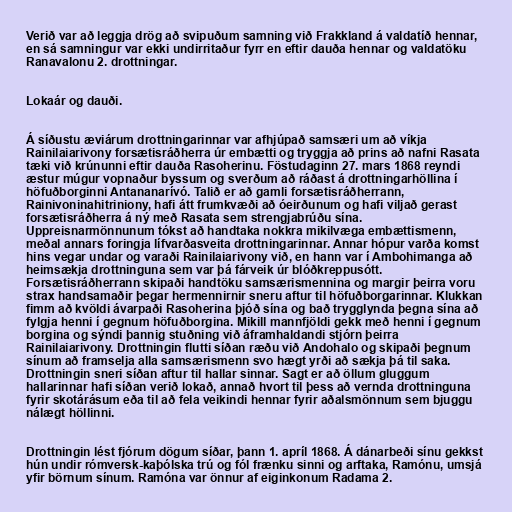
Verið var að leggja drög að svipuðum samning við Frakkland á valdatíð hennar,
en sá samningur var ekki undirritaður fyrr en eftir dauða hennar og valdatöku
Ranavalonu 2. drottningar.

Lokaár og dauði.

Á síðustu æviárum drottningarinnar var afhjúpað samsæri um að víkja
Rainilaiarivony forsætisráðherra úr embætti og tryggja að prins að nafni Rasata
tæki við krúnunni eftir dauða Rasoherinu. Föstudaginn 27. mars 1868 reyndi
æstur múgur vopnaður byssum og sverðum að ráðast á drottningarhöllina í
höfuðborginni Antananarívó. Talið er að gamli forsætisráðherrann,
Rainivoninahitriniony, hafi átt frumkvæði að óeirðunum og hafi viljað gerast
forsætisráðherra á ný með Rasata sem strengjabrúðu sína.
Uppreisnarmönnunum tókst að handtaka nokkra mikilvæga embættismenn,
meðal annars foringja lífvarðasveita drottningarinnar. Annar hópur varða komst
hins vegar undar og varaði Rainilaiarivony við, en hann var í Ambohimanga að
heimsækja drottninguna sem var þá fárveik úr blóðkreppusótt.
Forsætisráðherrann skipaði handtöku samsærismennina og margir þeirra voru
strax handsamaðir þegar hermennirnir sneru aftur til höfuðborgarinnar. Klukkan
fimm að kvöldi ávarpaði Rasoherina þjóð sína og bað trygglynda þegna sína að
fylgja henni í gegnum höfuðborgina. Mikill mannfjöldi gekk með henni í gegnum
borgina og sýndi þannig stuðning við áframhaldandi stjórn þeirra
Rainilaiarivony. Drottningin flutti síðan ræðu við Andohalo og skipaði þegnum
sínum að framselja alla samsærismenn svo hægt yrði að sækja þá til saka.
Drottningin sneri síðan aftur til hallar sinnar. Sagt er að öllum gluggum
hallarinnar hafi síðan verið lokað, annað hvort til þess að vernda drottninguna
fyrir skotárásum eða til að fela veikindi hennar fyrir aðalsmönnum sem bjuggu
nálægt höllinni.

Drottningin lést fjórum dögum síðar, þann 1. apríl 1868. Á dánarbeði sínu gekkst
hún undir rómversk-kaþólska trú og fól frænku sinni og arftaka, Ramónu, umsjá
yfir börnum sínum. Ramóna var önnur af eiginkonum Radama 2.